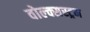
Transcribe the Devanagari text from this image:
वोल्क्सस्ट्रम